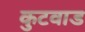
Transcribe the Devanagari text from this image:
कुटवाड